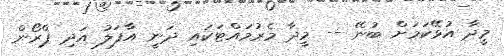
މީދާ އުޅޭކަމަށް ބުނޭ -- މީދާ މެރުމައްޓަކައި ދަނީ އާފަލު އަދި ޕްރޯން